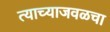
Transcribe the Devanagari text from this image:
त्याच्याजवळचा